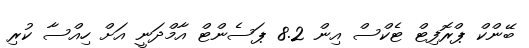
ބޭންކް ޕްރޮފިޓް ޓެކްސް އިން 8.2 ޕަސެންޓް އާމްދަނީ އަށް ހިއްސާ ކުރި